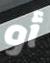
أو